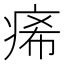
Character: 㾙